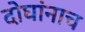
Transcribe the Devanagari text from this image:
दोघांनाच